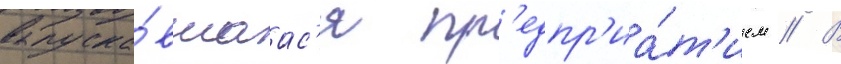
выпуска́вшаас'я пр'едпр'иа́т'ием // В